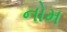
નોમ